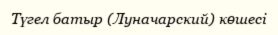
Түгел батыр (Луначарский) көшесі